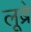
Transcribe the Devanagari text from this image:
लूब्रे